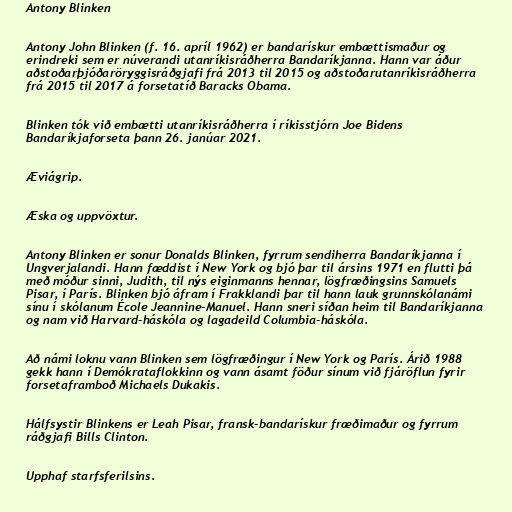
Antony Blinken

Antony John Blinken (f. 16. apríl 1962) er bandarískur embættismaður og
erindreki sem er núverandi utanríkisráðherra Bandaríkjanna. Hann var áður
aðstoðarþjóðaröryggisráðgjafi frá 2013 til 2015 og aðstoðarutanríkisráðherra
frá 2015 til 2017 á forsetatíð Baracks Obama.

Blinken tók við embætti utanríkisráðherra í ríkisstjórn Joe Bidens
Bandaríkjaforseta þann 26. janúar 2021.

Æviágrip.

Æska og uppvöxtur.

Antony Blinken er sonur Donalds Blinken, fyrrum sendiherra Bandaríkjanna í
Ungverjalandi. Hann fæddist í New York og bjó þar til ársins 1971 en flutti þá
með móður sinni, Judith, til nýs eiginmanns hennar, lögfræðingsins Samuels
Pisar, í París. Blinken bjó áfram í Frakklandi þar til hann lauk grunnskólanámi
sínu í skólanum École Jeannine-Manuel. Hann sneri síðan heim til Bandaríkjanna
og nam við Harvard-háskóla og lagadeild Columbia-háskóla.

Að námi loknu vann Blinken sem lögfræðingur í New York og París. Árið 1988
gekk hann í Demókrataflokkinn og vann ásamt föður sínum við fjáröflun fyrir
forsetaframboð Michaels Dukakis.

Hálfsystir Blinkens er Leah Pisar, fransk-bandarískur fræðimaður og fyrrum
ráðgjafi Bills Clinton.

Upphaf starfsferilsins.